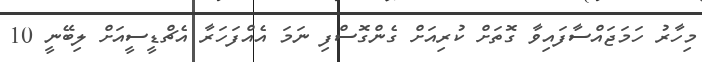
މިހާރު ހަމަޖައްސާފައިވާ ގޮތަށް ކުރިއަށް ގެންގޮސްފި ނަމަ އެއްފަހަރާ އެޗްޑީސީއަށް ލިބޭނީ 10